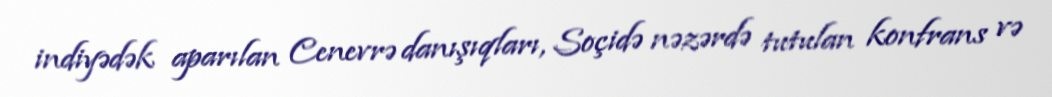
indiyədək aparılan Cenevrə danışıqları, Soçidə nəzərdə tutulan konfrans və